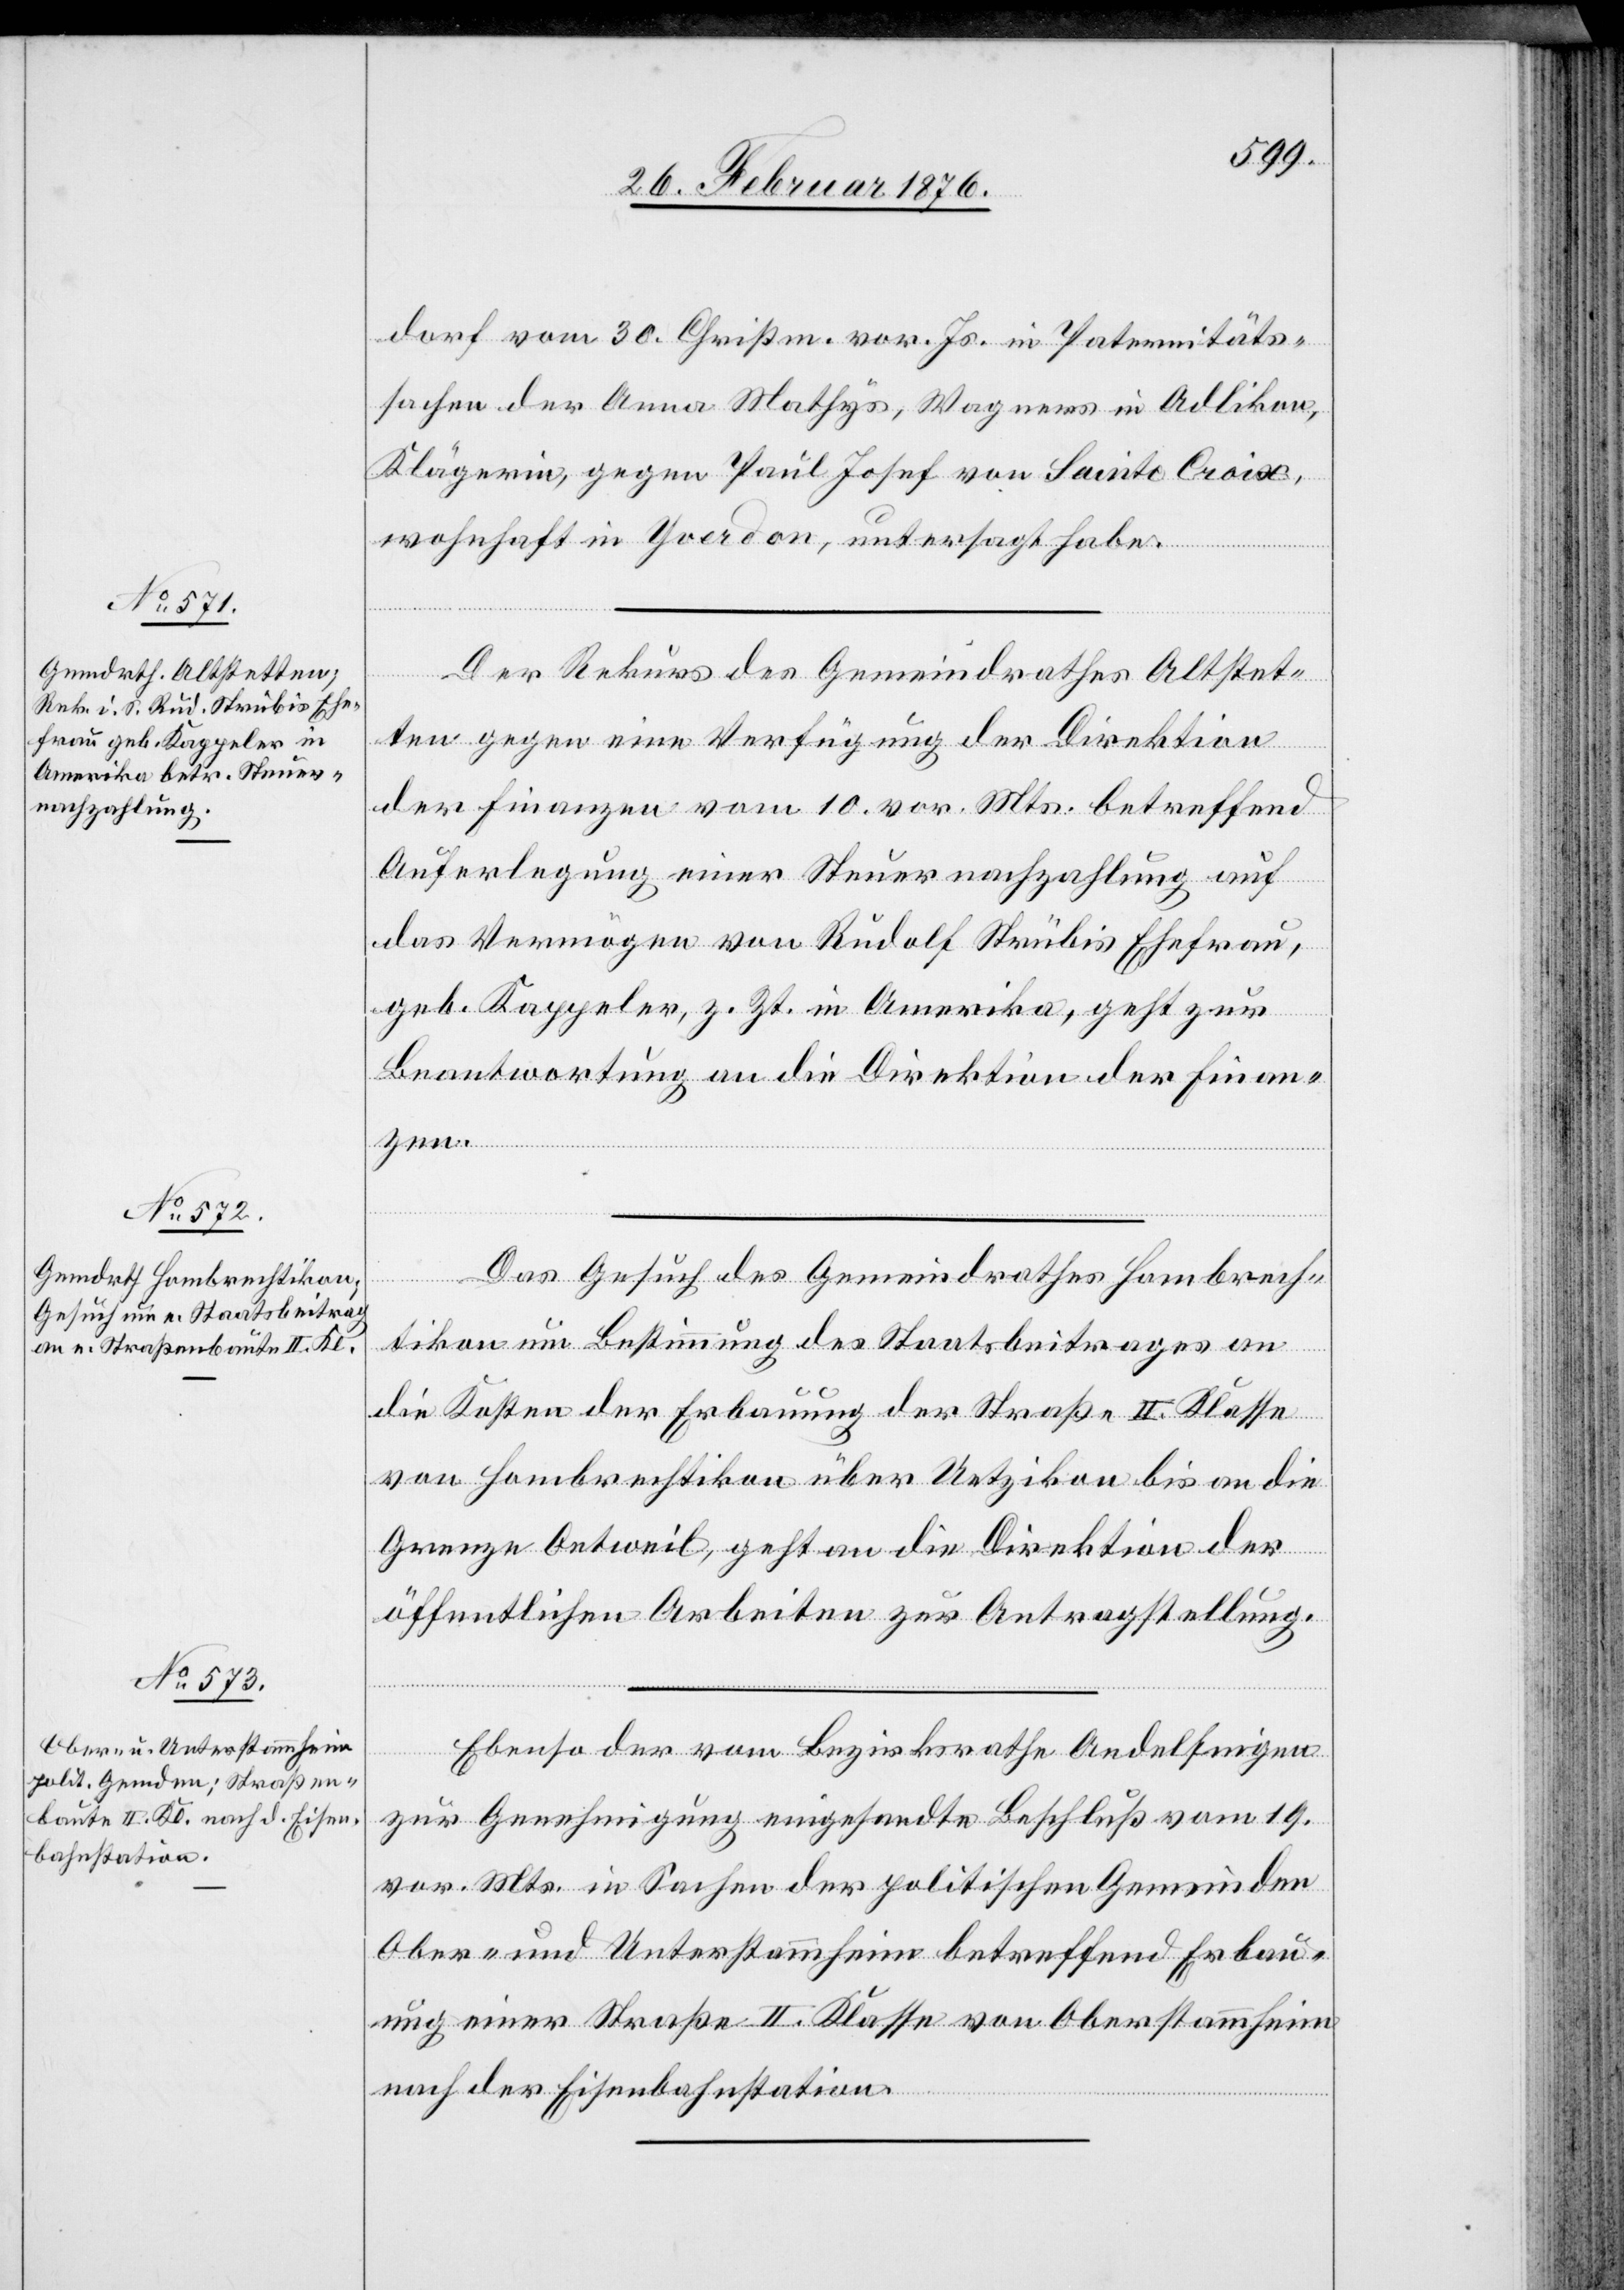
dorf vom 30. Christm. vor. Js. in Paternitäts¬
sachen der Anna Mathys, Wagners in Adlikon,
Klägerin, gegen Paul Josef von Sainte Croix,
wohnhaft in Yverdon, untersagt habe.
2.
Der Rekurs des Gemeindrathes Altstet¬
ten gegen eine Verfügung der Direktion
der Finanzen vom 10. vor. Mts. betreffend
Auferlegung einer Steuernachzahlung auf
das Vermögen von Rudolf Strübis Ehefrau,
geb. Kappeler, z. Zt. in Amerika, geht zur
Beantwortung an die Direktion der Finan¬
zen.
Das Gesuch des Gemeindrathes Hombrech¬
tikon um Bestimmung des Staatsbeitrages an
die Kosten der Erbauung der Straße II. Klasse
von Hombrechtikon über Uetzikon bis an die
Grenze Oetweil, geht an die Direktion der
öffentlichen Arbeiten zur Antragstellung.
Ebenso der vom Bezirksrathe Andelfingen
zur Genehmigung eingesandte Beschluß vom 19.
vor. Mts. in Sachen der politischen Gemeinden
Ober- und Unterstammheim betreffend Erbau¬
ung einer Straße II. Klasse von Oberstammheim
nach der Eisenbahnstation.